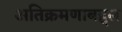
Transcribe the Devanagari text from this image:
अतिक्रमणाबद्दल